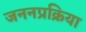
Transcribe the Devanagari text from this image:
जननप्रक्रिया